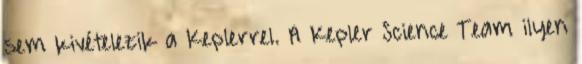
sem kivételezik a Keplerrel. A Kepler Science Team ilyen